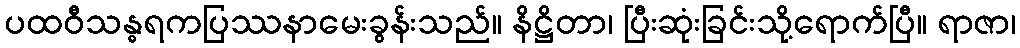
ပထဝီသန္ဓရကပြဿနာမေးခွန်းသည်။ နိဋ္ဌိတာ၊ ပြီးဆုံးခြင်းသို့ရောက်ပြီ။ ရာဇာ၊